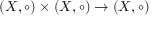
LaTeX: ( X , \circ ) \times ( X , \circ ) \to ( X , \circ )